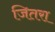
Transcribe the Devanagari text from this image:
जितरा